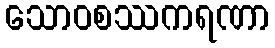
သောဝစဿကရဏာ